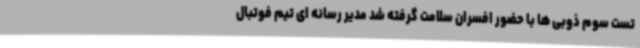
تست سوم ذوبی ها با حضور افسران سلامت گرفته شد مدیر رسانه ای تیم فوتبال